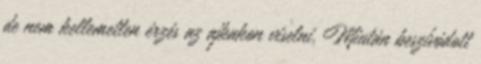
de nem kellemetlen érzés az ajkakon viselni. Miután beszívódott